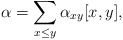
\begin{align*} \alpha=\sum_{x\le y}\alpha_{xy}[x,y],\end{align*}